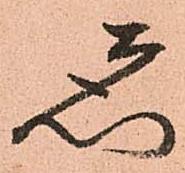
ゑ